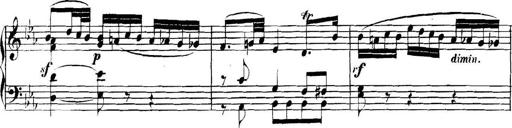
Title: Collected Piano Sonatas
Composer: Muzio Clementi